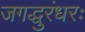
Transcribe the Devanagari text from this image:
जगद्धुरंधरः